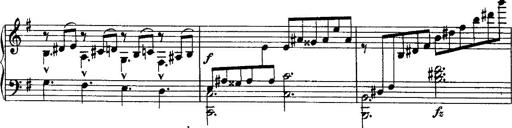
Title: Rondo di bravura
Composer: Franz Liszt